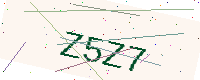
Text: Z5Z7